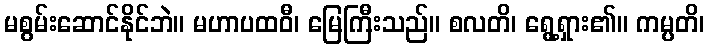
မစွမ်းဆောင်နိုင်ဘဲ။ မဟာပထဝီ၊ မြေကြီးသည်။ စလတိ၊ ရွေ့ရှား၏။ ကမ္ပတိ၊